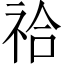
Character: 祫